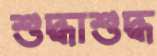
শুদ্ধাশুদ্ধ